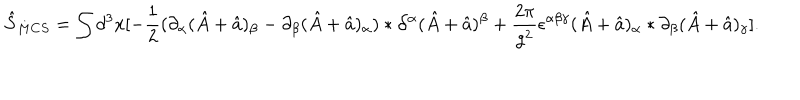
\hat { S } _ { M C S } = \int d ^ { 3 } x [ - \frac { 1 } { 2 } ( \partial _ { \alpha } ( \hat { A } + \hat { a } ) _ { \beta } - \partial _ { \beta } ( \hat { A } + \hat { a } ) _ { \alpha } ) * \partial ^ { \alpha } ( \hat { A } + \hat { a } ) ^ { \beta } + \frac { 2 \pi } { g ^ { 2 } } \epsilon ^ { \alpha \beta \gamma } ( \hat { A } + \hat { a } ) _ { \alpha } * \partial _ { \beta } ( \hat { A } + \hat { a } ) _ { \gamma } ] .